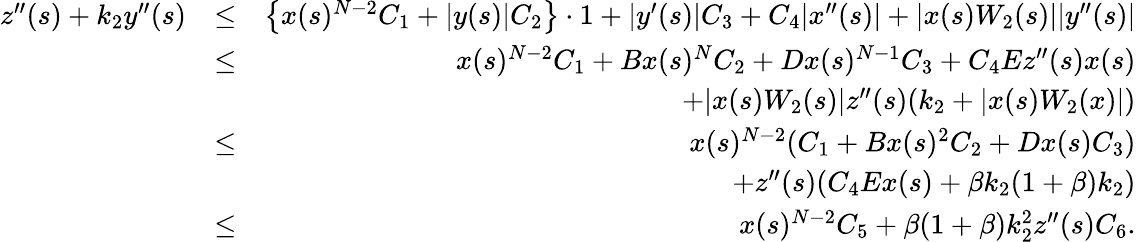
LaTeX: \begin{array}{rlr}{z^{\prime\prime}(s)+k_{2}y^{\prime\prime}(s)}&{\leq}&{\left\{ x(s)^{N-2}C_{1}+|y(s)|C_{2}\right\} \cdot 1+|y^{\prime}(s)|C_{3}+C_{4}|x^{\prime\prime}(s)|+|x(s)W_{2}(s)||y^{\prime\prime}(s)|}\\ &{\leq}&{x(s)^{N-2}C_{1}+Bx(s)^{N}C_{2}+Dx(s)^{N-1}C_{3}+C_{4}Ez^{\prime\prime}(s)x(s)}\\ &{}&{+|x(s)W_{2}(s)|z^{\prime\prime}(s)(k_{2}+|x(s)W_{2}(x)|)}\\ &{\leq}&{x(s)^{N-2}(C_{1}+Bx(s)^{2}C_{2}+Dx(s)C_{3})}\\ &{}&{+z^{\prime\prime}(s)(C_{4}Ex(s)+\beta k_{2}(1+\beta)k_{2})}\\ &{\leq}&{x(s)^{N-2}C_{5}+\beta(1+\beta)k_{2}^{2}z^{\prime\prime}(s)C_{6}.}\end{array}